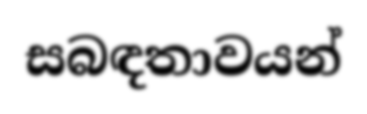
සබඳතාවයන්